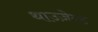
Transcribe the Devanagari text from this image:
थाउज़ेन्ड